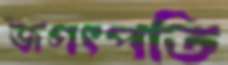
জগৎপতি